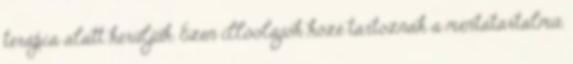
terápia alatt kerüljük. Ezen illóolajok közé tartoznak a mentatartalmú,